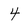
Character: 4